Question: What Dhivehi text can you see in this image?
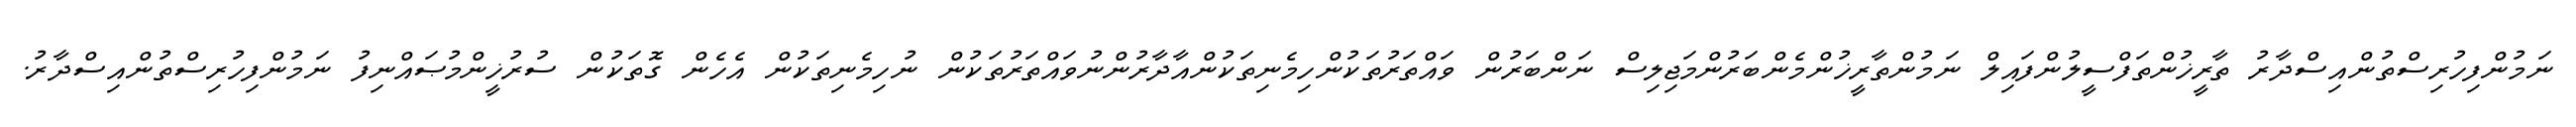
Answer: ނަމުންފިހުރިސްތުންއިސްދާރު ތާރީޚުންތަފްސީލުންފައިލް ނަމުންތާރީޚުންމެންބަރުންމަޖިލިސް ނަންބަރުން ވައްތަރުތަކުންހިމެނިތަކުންއާދާރުންނުވައްތަރުތަކުން ނުހިމެނިތަކުން އެހެން ގޮތަކުން ސުރުޚީންމުޞައްނިފު ނަމުންފިހުރިސްތުންއިސްދާރު.